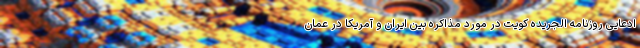
ادعایی روزنامه الجریده کویت در مورد مذاکره بین ایران و آمریکا در عمان